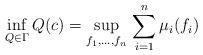
LaTeX: \begin{gather*}\inf_{Q\in\Gamma}Q(c)=\sup_{f_1,\ldots,f_n}\,\sum_{i=1}^n\mu_i(f_i)\end{gather*}